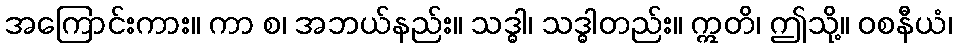
အကြောင်းကား။ ကာ စ၊ အဘယ်နည်း။ သဒ္ဓါ၊ သဒ္ဓါတည်း။ ဣတိ၊ ဤသို့။ ဝစနီယံ၊